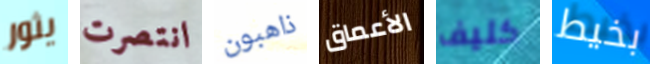
يثور انتصرت ذاهبون الأعماق كليف بخيط